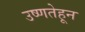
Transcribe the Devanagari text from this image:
उष्णतेहून